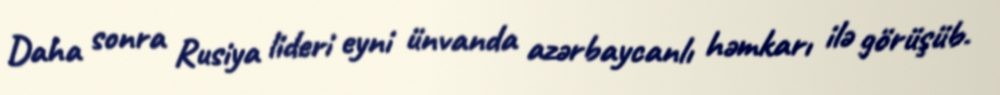
Daha sonra Rusiya lideri eyni ünvanda azərbaycanlı həmkarı ilə görüşüb.